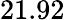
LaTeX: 21.92